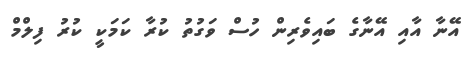
އޭނާ އާއި އޭނާގެ ބައިވެރިން ހުސް ވަގުތު ކުރާ ކަމަކީ ކުރު ފިލްމް